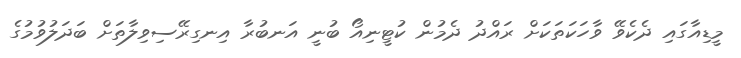
މީޑިއާގައި ދެކެވޭ ވާހަކަތަކަށް ރައްދު ދެމުން ކުޓީނިއޯ ބުނީ އަނބުރާ އިނގިރޭސިވިލާތަށް ބަދަލުވުމުގެ